Annual administration report of the Civil Veterinary Department of India - 1896-1897
Year: 1896
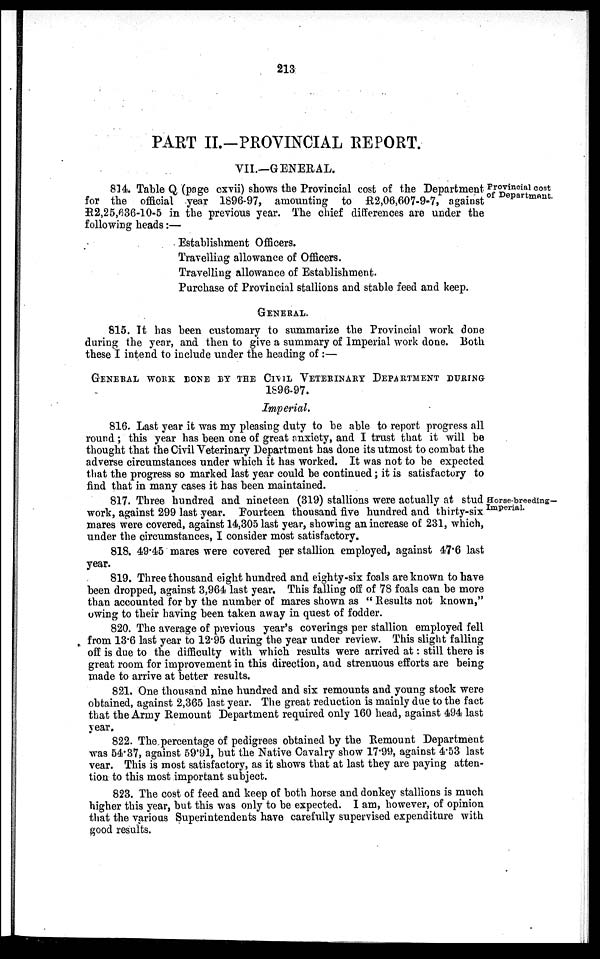
213
PART II.-PROVINCIAL REPORT.
VII.—GENERAL.
Provincial cost
of Department.
814. Table Q (page cxvii) shows the Provincial cost of the Department
for the official year 1896-97, amounting to R2,06,607-9-7, against
R2,25,636-10-5 in the previous year. The chief differences are under the
following heads:—
Establishment Officers.
Travelling allowance of Officers.
Travelling allowance of Establishment.
Purchase of Provincial stallions and stable feed and keep.
GENERAL.
815. It has been customary to summarize the Provincial work done
during the year, and then to give a summary of Imperial work done. Both
these I intend to include under the heading of:—
GENERAL WORK DONE BY THE CIVIL VETERINARY DEPARTMENT DURING
1896-97.
Imperial.
816. Last year it was my pleasing duty to be able to report progress all
round; this year has been one of great anxiety, and I trust that it will be
thought that the Civil Veterinary Department has done its utmost to combat the
adverse circumstances under which it has worked. It was not to be expected
that the progress so marked last year could be continued; it is satisfactory to
find that in many cases it has been maintained.
Horse-breeding-
Imperial.
817. Three hundred and nineteen (319) stallions were actually at stud
work, against 299 last year. Fourteen thousand five hundred and thirty-six
mares were covered, against 14,305 last year, showing an increase of 231, which,
under the circumstances, I consider most satisfactory.
818. 49.45 mares were covered per stallion employed, against 47.6 last
year.
819. Three thousand eight hundred and eighty-six foals are known to have
been dropped, against 3,964 last year. This falling off of 78 foals can be more
than accounted for by the number of mares shown as " Results not known,"
owing to their having been taken away in quest of fodder.
820. The average of previous year's coverings per stallion employed fell
from 13.6 last year to 12.95 during the year under review. This slight falling
off is due to the difficulty with which results were arrived at: still there is
great room for improvement in this direction, and strenuous efforts are being
made to arrive at better results.
821. One thousand nine hundred and six remounts and young stock were
obtained, against 2,365 last year. The great reduction is mainly due to the fact
that the Army Remount Department required only 160 head, against 494 last
year.
822. The percentage of pedigrees obtained by the Remount Department
was 54.37, against 59.91, but the Native Cavalry show 17.99, against 4.53 last
year. This is most satisfactory, as it shows that at last they are paying atten-
tion to this most important subject.
823. The cost of feed and keep of both horse and donkey stallions is much
higher this year, but this was only to be expected. I am, however, of opinion
that the various Superintendents have carefully supervised expenditure with
good results.